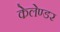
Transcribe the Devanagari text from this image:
केलेण्डर